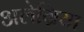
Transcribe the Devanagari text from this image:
अलेग्रिया